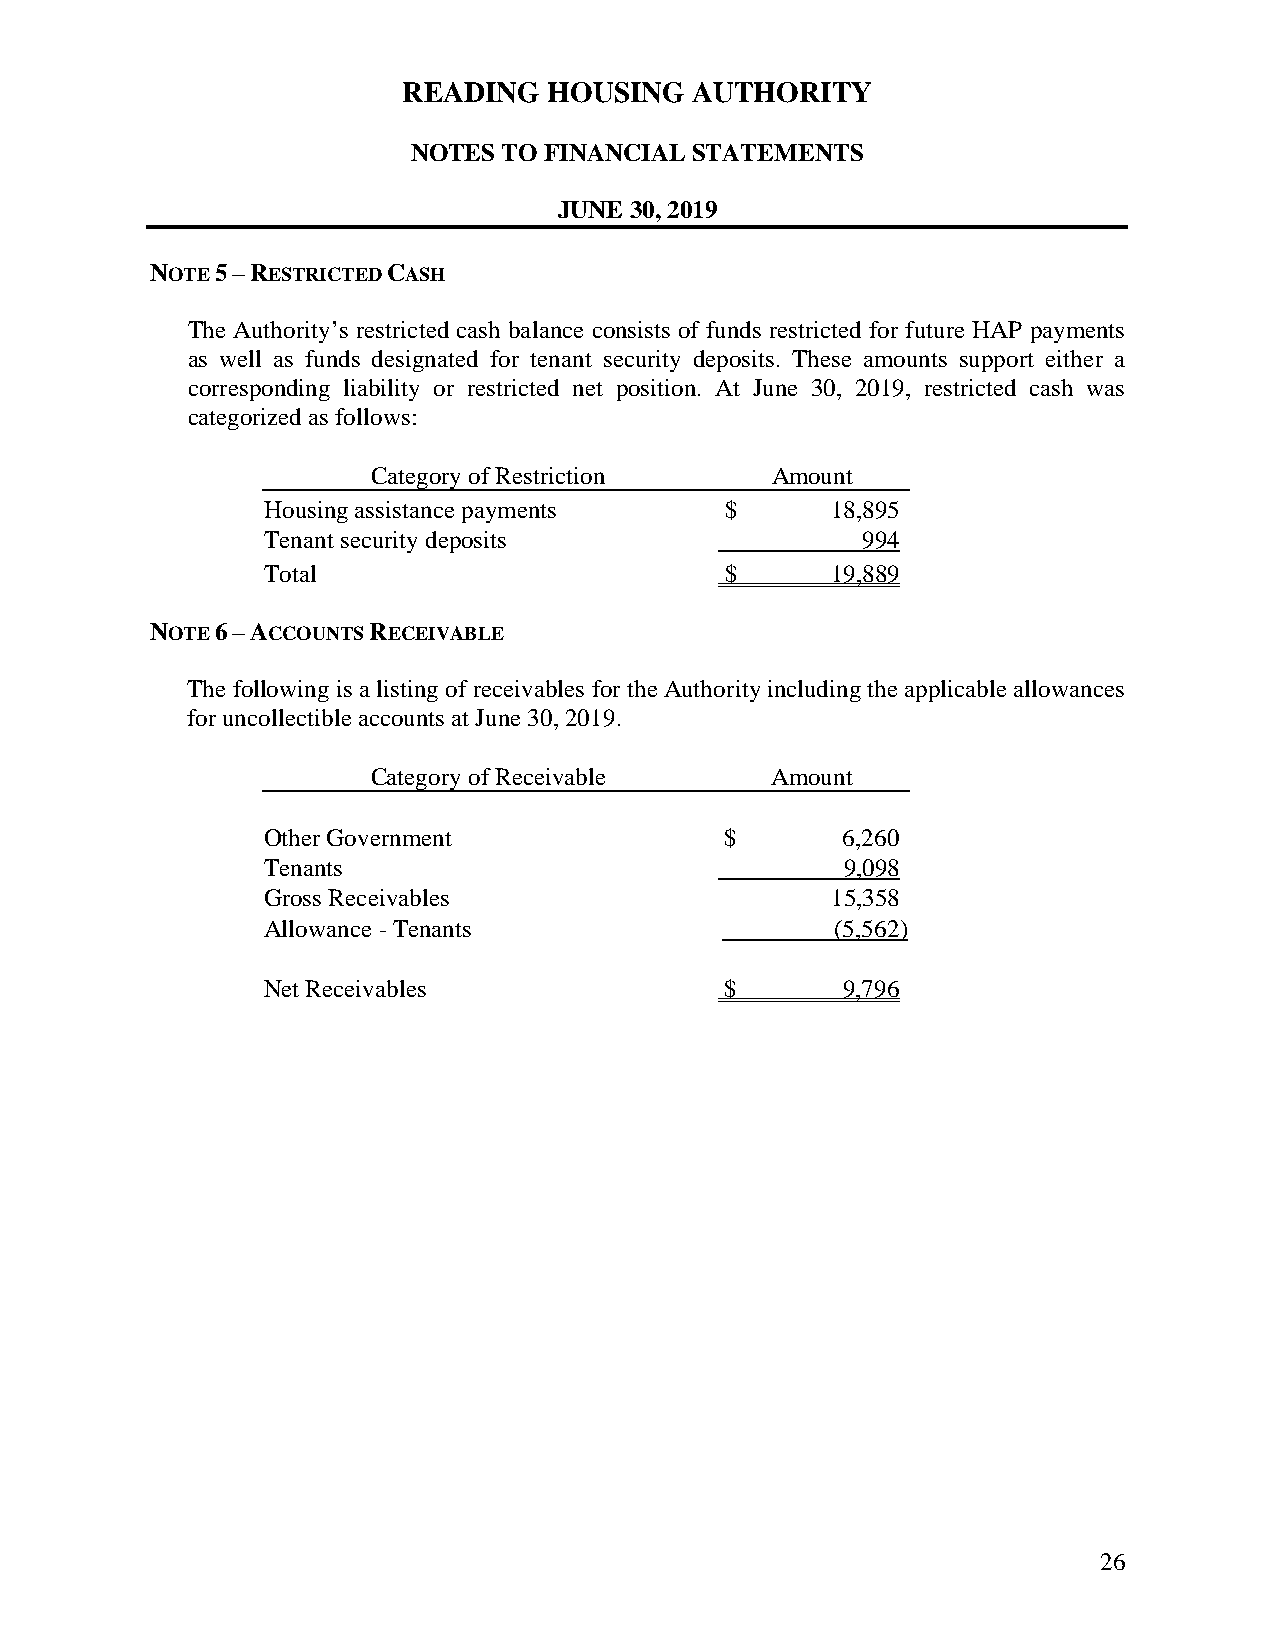
READING  HOUSING   AUTHORITY
 NOTES TO FINANCIAL STATEMENTS
 JUNE 30, 2019
 NOTE 5 – RESTRICTED CASH
 The Authority’s restricted cash balance consists of funds restricted for future HAP payments
 as well as funds designated for tenant security deposits. These amounts support either a
 corresponding liability or restricted net position. At June 30, 2019, restricted cash was
 categorized as follows:
 Category of Restriction   Amount
 Housing assistance payments    $      18,895
 Tenant security deposits                994
 Total                          $      19,889
 NOTE 6 – ACCOUNTS RECEIVABLE
 The following is a listing of receivables for the Authority including the applicable allowances
 for uncollectible accounts at June 30, 2019.
 Category of Receivable    Amount
 1
 Other Government               $       6,260
 Tenants                                9,098
 Gross Receivables                     15,358
 Allowance - Tenants                   (5,562)
 1
 Net Receivables                $       9,796
 26